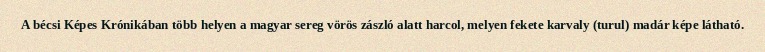
A bécsi Képes Krónikában több helyen a magyar sereg vörös zászló alatt harcol, melyen fekete karvaly (turul) madár képe látható.